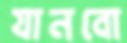
যানবো